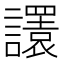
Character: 𧭴